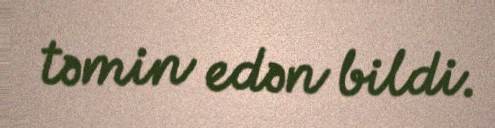
təmin edən bildi.